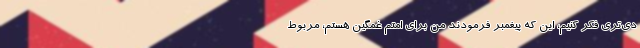
دی‌تری فکر کنیم، این که پیغمبر فرمودند من برای امتم غمگین هستم، مربوط